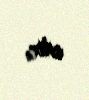
edir.